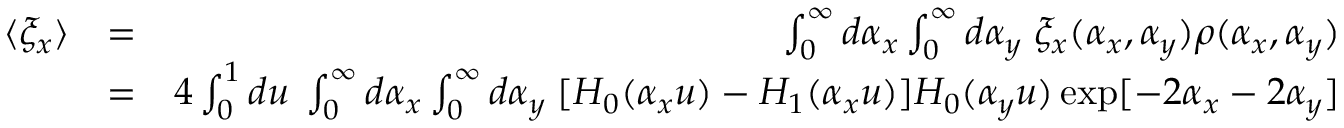
\begin{array} { r l r } { \langle \xi _ { x } \rangle } & { = } & { \int _ { 0 } ^ { \infty } d \alpha _ { x } \int _ { 0 } ^ { \infty } d \alpha _ { y } \; \xi _ { x } ( \alpha _ { x } , \alpha _ { y } ) \rho ( \alpha _ { x } , \alpha _ { y } ) } \\ & { = } & { 4 \int _ { 0 } ^ { 1 } d u \; \int _ { 0 } ^ { \infty } d \alpha _ { x } \int _ { 0 } ^ { \infty } d \alpha _ { y } \; [ H _ { 0 } ( \alpha _ { x } u ) - H _ { 1 } ( \alpha _ { x } u ) ] H _ { 0 } ( \alpha _ { y } u ) \exp [ - 2 \alpha _ { x } - 2 \alpha _ { y } ] } \end{array}